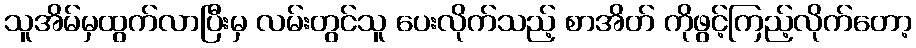
သူအိမ်မှထွက်လာပြီးမှ လမ်းတွင်သူ ပေးလိုက်သည့် စာအိတ် ကိုဖွင့်ကြည့်လိုက်တော့